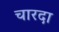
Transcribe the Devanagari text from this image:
चारदा